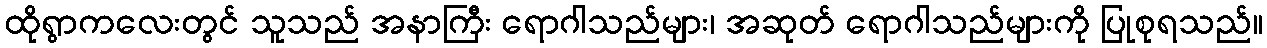
ထိုရွာကလေးတွင် သူသည် အနာကြီး ရောဂါသည်များ၊ အဆုတ် ရောဂါသည်များကို ပြုစုရသည်။